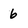
Character: 6